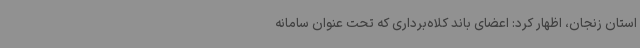
استان زنجان، اظهار کرد: اعضای باند کلاه‌برداری که تحت عنوان سامانه